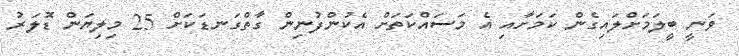
ވަނީ ބީލަމަށްލައިގެން ކަމަށާއި އެ މަސައްކަތަށް އެކުންފުނިން ގާތްގަނޑަކަށް 25 މިލިޔަން ޑޮލަރު